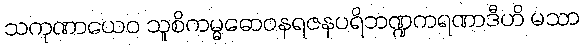
သကုဏာယေဝ သူစိကမ္မဓောဝနရဇနပရိဘဏ္ဍကရဏာဒီဟိ မသာ